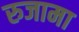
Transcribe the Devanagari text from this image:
रुजामा